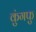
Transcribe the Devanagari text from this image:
कुंगफु